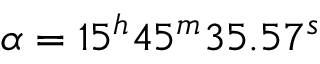
\alpha = 1 5 ^ { h } 4 5 ^ { m } 3 5 . 5 7 ^ { s }